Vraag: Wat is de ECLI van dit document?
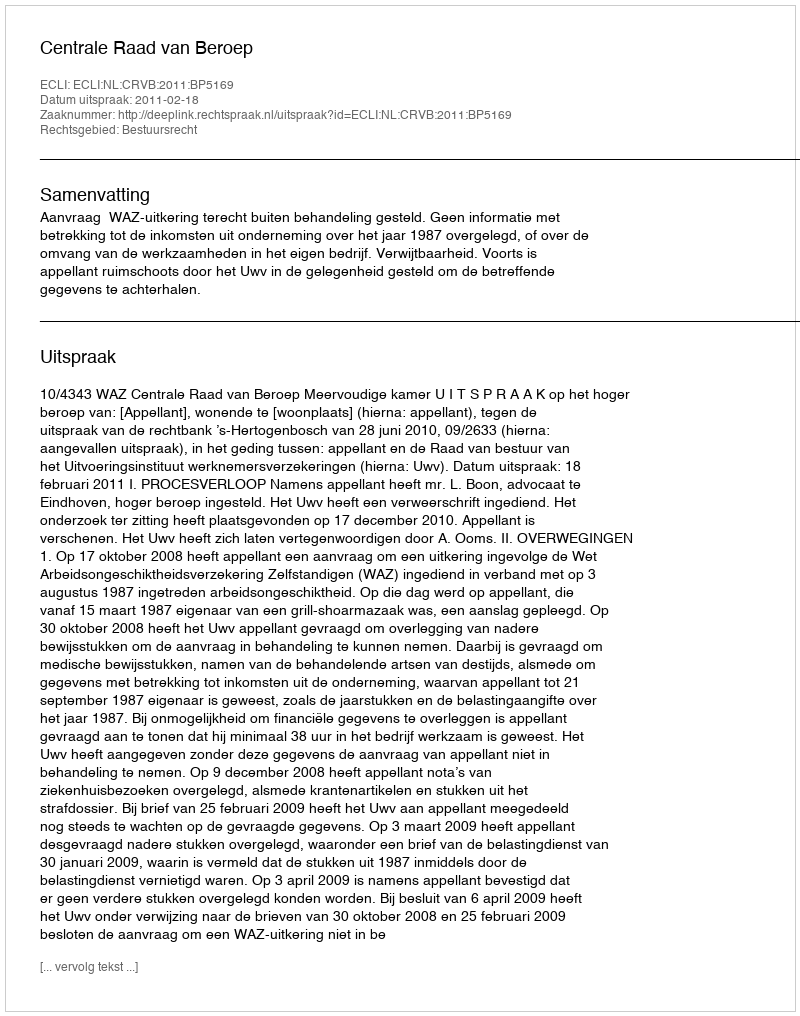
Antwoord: ECLI:NL:CRVB:2011:BP5169